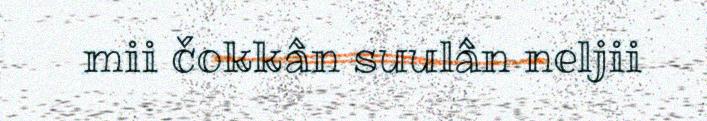
mii čokkân suulân neljii